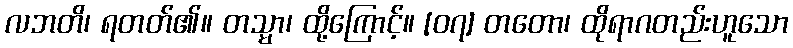
လဘတိ၊ ရတတ်၏။ တသ္မာ၊ ထို့ကြောင့်။ [၀၇] တတော၊ ထိုရာဂတည်းဟူသော